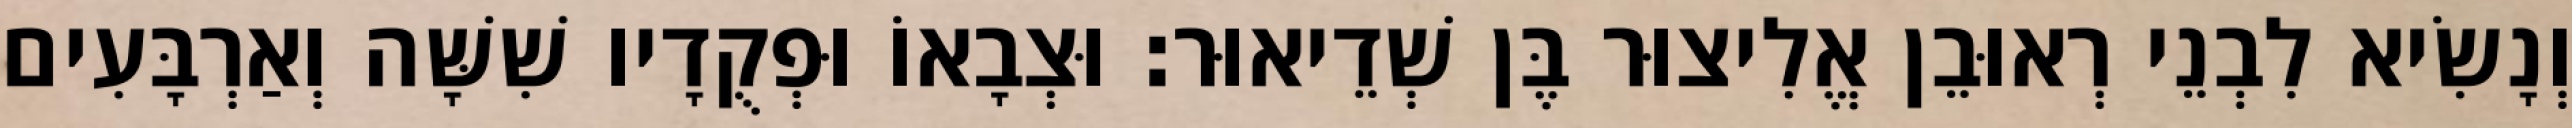
וְנָשִׂיא לִבְנֵי רְאוּבֵן אֱלִיצוּר בֶּן שְׁדֵיאוּר׃ וּצְבָאוֹ וּפְקֻדָיו שִׁשָּׁה וְאַרְבָּעִים